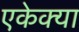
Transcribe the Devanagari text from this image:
एकेक्या